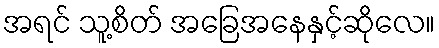
အရင် သူ့စိတ် အခြေအနေနှင့်ဆိုလေ။